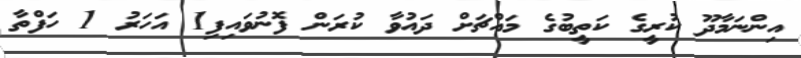
އިންނަމާދޫ ކުރީގެ ކަތީބުގެ މައްޗަށް ދައުވާ ކުރަން ފޮނުވައިފި1 އަހަރު 1 ހަފްތާ